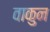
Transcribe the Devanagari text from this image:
वाकुन